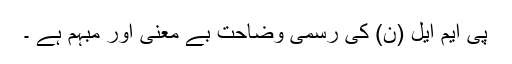
پی ایم ایل (ن) کی رسمی وضاحت بے معنی اور مبہم ہے ۔